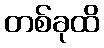
တစ်ခုထိ